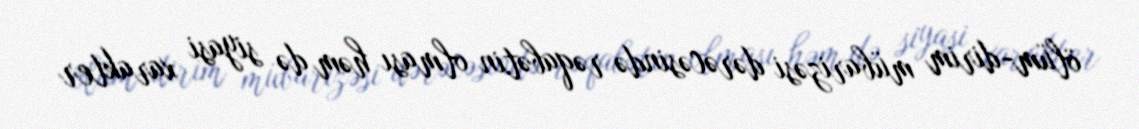
ölüm-dirim mübarizəsi dərəcəsində rəqabətin olması həm də siyasi xarakter